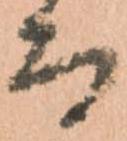
而